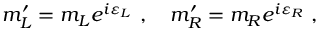
m _ { L } ^ { \prime } = m _ { L } e ^ { i \varepsilon _ { L } } \ , \ \ \ m _ { R } ^ { \prime } = m _ { R } e ^ { i \varepsilon _ { R } } \ ,